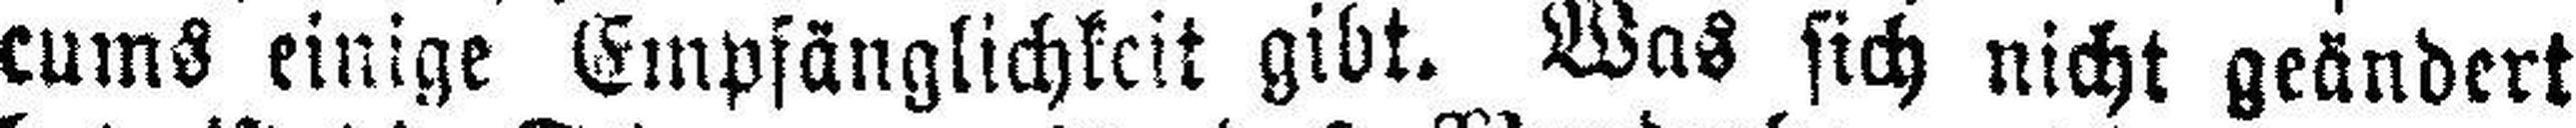
cums einige Empfänglichkeit gibt. Was sich nicht geändert